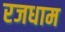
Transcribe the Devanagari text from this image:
रजधाम